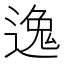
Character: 𫐶